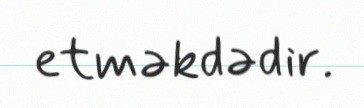
etməkdədir.